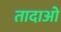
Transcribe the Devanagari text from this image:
तादाओ